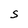
Character: S